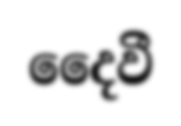
දෛවී